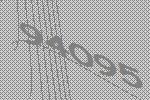
94095